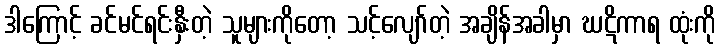
ဒါကြောင့် ခင်မင်ရင်းနှီးတဲ့ သူများကိုတော့ သင့်လျော်တဲ့ အချိန်အခါမှာ ဃဋိကာရ ထုံးကို